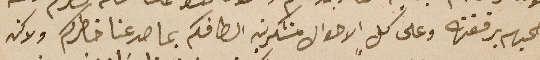
اصحبهم برفقته وعل كلٍ الاحوال متشكرين الطافكم بما صدعنا خاطركم ولاكن